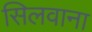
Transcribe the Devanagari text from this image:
सिलवाना